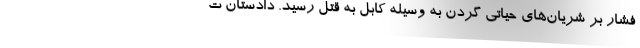
فشار بر شریان‌های حیاتی گردن به وسیله کابل به قتل رسید. دادستان ت